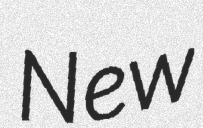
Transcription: New